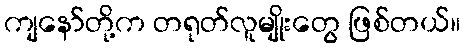
ကျနော်တို့က တရုတ်လူမျိုးတွေ ဖြစ်တယ်။